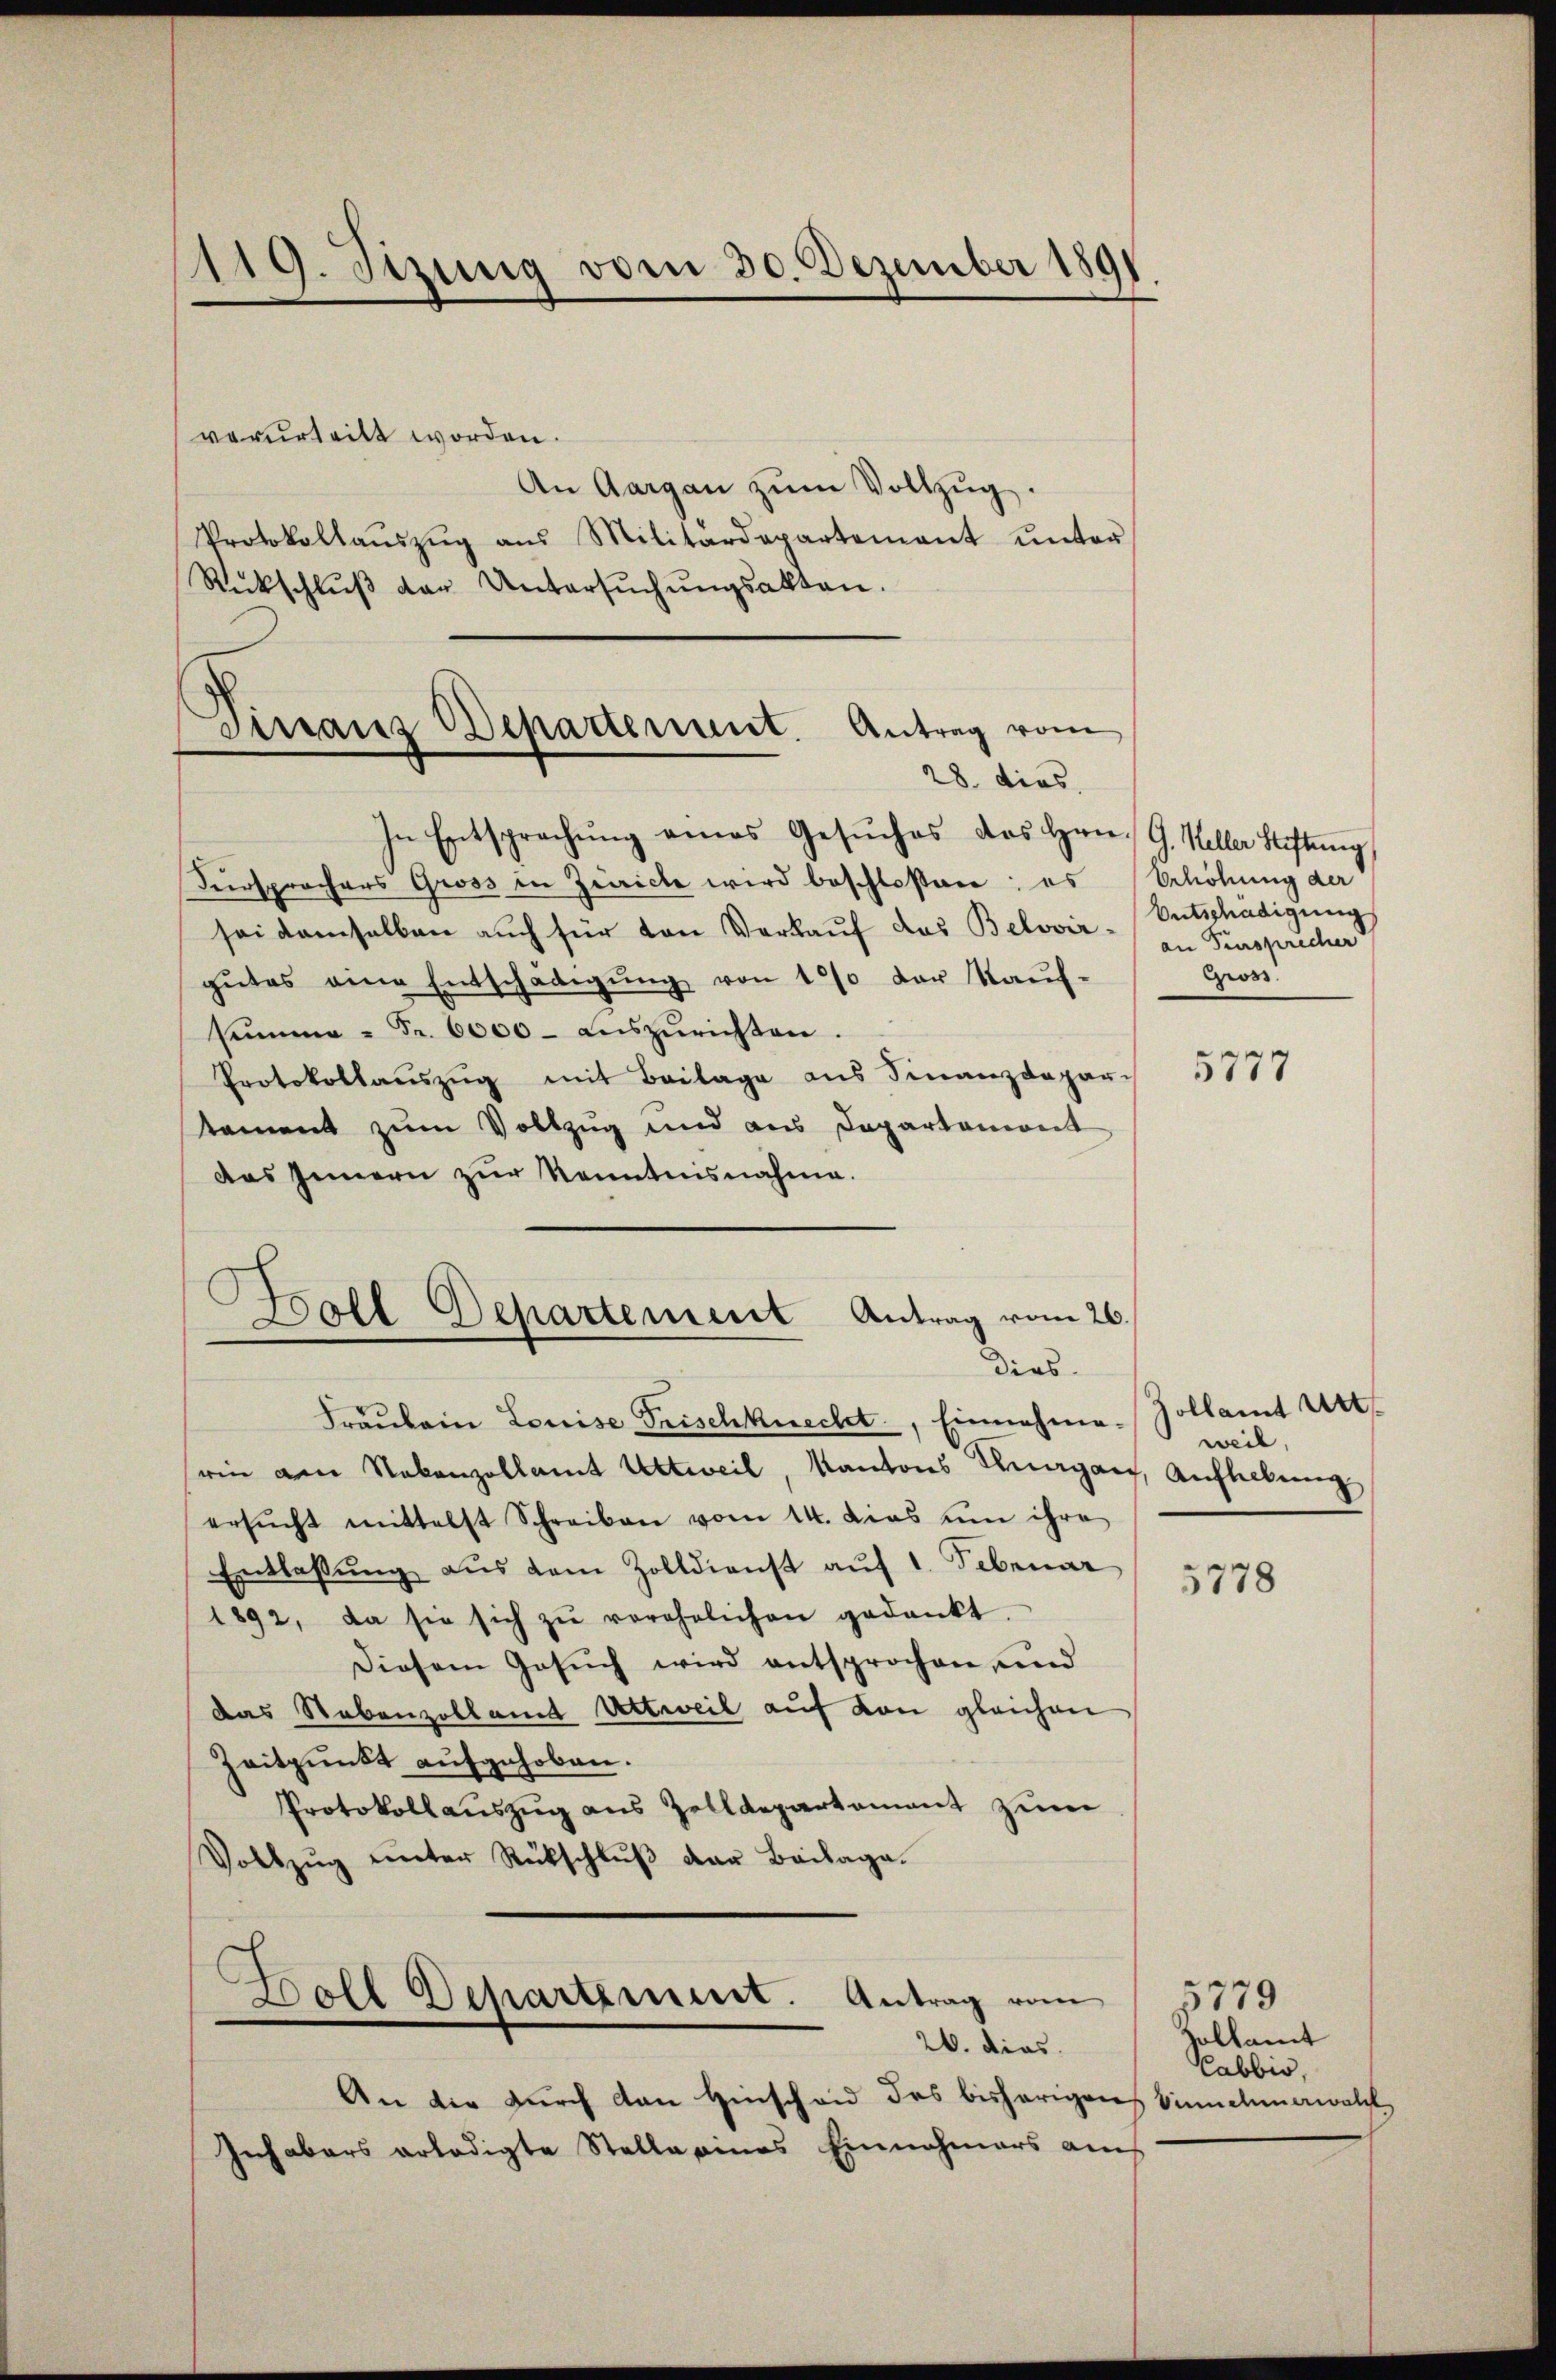
119. Setzung vom 30. Dezember 1891.

verurteilt worden.
An Aargau zŭm Vollzug.
Protokollaŭszŭg aŭs Militärdepartenant ŭnter
Rückschlŭβ der Untersŭchŭngsakten.
In Entsprechung eines Gesuches des Hrn. G. Keller Stiftung
Fürsprochers Gross in Zeiche wird beschloßen: es
sei demselben auch für von Verkauf das Belovirgŭtes eine Entschädigŭng von 10% der Maŭf-
Sŭmme - Fr. 6000. aŭszŭrichten.
Protokollaŭszŭg mit Beilage aus Finanzdepar-
kament zum Vollzug und aus Departemont
das Innern zur Kenntnisnahme.
Bsoll Departement Antrag vom 26.
deu
Fräŭlein Louise Frischknecht, Einnahme.
sein am Nakenzollamt Urtweil, Kantons Kragan, Aufleckung
ersŭcht mittelst Schreiben vom 14. Dies um ihre
Entlassŭng aus dem Zolldienst aŭf 1. Februar
1892, da sie sich zŭ verehelichen gedankt.
Diesem Gesuch wird entsprochen, und
das Nebenzollamt Artweil auf von gleichen
Zeitpunkt aufgehoben.
Protokollauszug aus Zolldepartament zum
Vollzŭg ŭnter Rückschlŭβ der Beilage.
.
Doll Dehartement. Antrag vom
26. dies
An die durch den Hinschaid des bisherigen
Inhabers erledigte Stelle eines Einnahmers am

Vinaus Departement. Antrag vom
28. dies

Erhöhung der
Ventschädigung
an Finsprecher
Gross.

5777

Zollamt Art.
weil

5778

5779
Zolkamt
Cabbio,
Vennehmerwahl